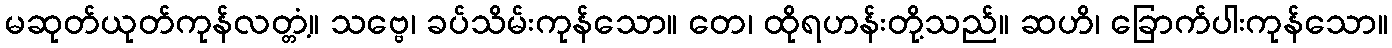
မဆုတ်ယုတ်ကုန်လတ္တံ့။ သဗ္ဗေ၊ ခပ်သိမ်းကုန်သော။ တေ၊ ထိုရဟန်းတို့သည်။ ဆဟိ၊ ခြောက်ပါးကုန်သော။